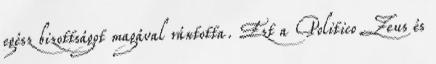
egész bizottságot magával rántotta. Ezt a Politico Zeus és